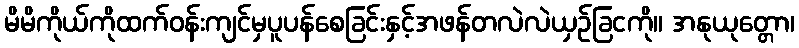
မိမိကိုယ်ကိုထက်ဝန်းကျင်မှပူပန်စေခြင်းနှင့်အဖန်တလဲလဲယှဉ်ခြငကို။ အနုယုတ္တော၊